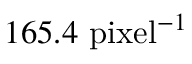
1 6 5 . 4 ~ \mathrm { p i x e l } ^ { - 1 }